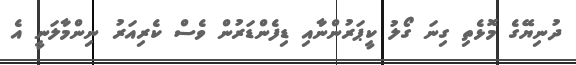
ދުނިޔޭގެ މޮޅެތި ގިނަ ގޯލު ކީޕަރުންނާއި ޑިފެންޑަރުން ވެސް ކެރިއަރު ނިންމާލަނީ އެ